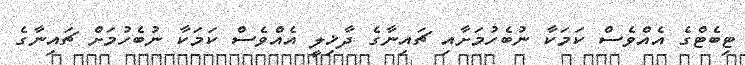
ޓިބެޓްގެ އެއްވެސް ކަމަކާ ނުބެހުމަށާއި ޗައިނާގެ ދާޚިލީ އެއްވެސް ކަމަކާ ނުބެހުމަށް ޗައިނާގެ